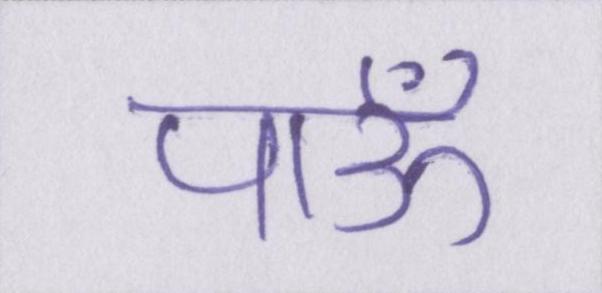
पाऊँ